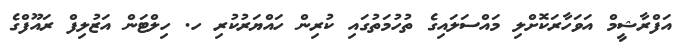
އަފްރާޝީމް އަވަހާރަކޮށްލި މައްސަލައިގެ ތުހުމަތުގައި ކުރިން ހައްޔަރުކުރި ހ. ހިލްޓަން އަޒުލިފް ރައޫފްގެ